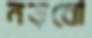
নড়বো